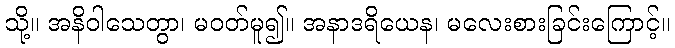
သို့။ အနိဝါသေတွာ၊ မဝတ်မူ၍။ အနာဒရိယေန၊ မလေးစားခြင်းကြောင့်။